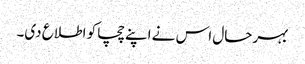
بہرحال اس نے اپنے چچا کو اطلاع دی۔